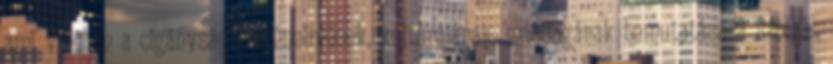
ami valóban a cigányság történelmének, kultúrájának, másságának bemutatására szolgál,